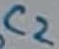
Text: C2